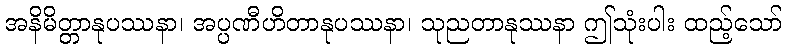
အနိမိတ္တာနုပဿနာ၊ အပ္ပဏီဟိတာနုပဿနာ၊ သုညတာနုဿနာ ဤသုံးပါး ထည့်သော်